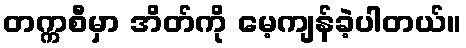
တက္ကစီမှာ အိတ်ကို မေ့ကျန်ခဲ့ပါတယ်။